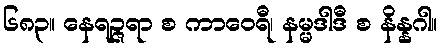
၆၈၃။ နေရဉ္ဇရာ စ ကာဝေရီ၊ နမ္မဒါဒီ စ နိန္နဂါ။